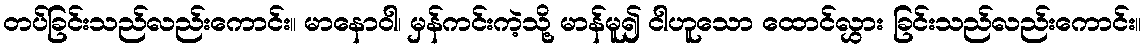
တပ်ခြင်းသည်လည်းကောင်း။ မာနောဝါ၊ မှန်ကင်းကဲ့သို့ မာန်မူ၍ ငါဟူသော ထောင်လွှား ခြင်းသည်လည်းကောင်း။